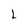
Character: L